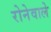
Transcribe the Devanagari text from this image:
रोनेवाले